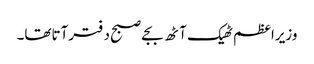
وزیراعظم ٹھیک آٹھ بجے صبح دفترآتاتھا۔